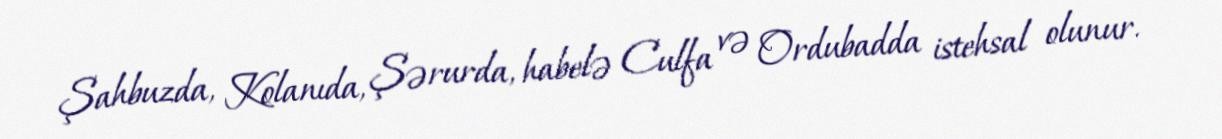
Şahbuzda, Kolanıda, Şərurda, habelə Culfa və Ordubadda istehsal olunur.